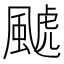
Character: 𱃄